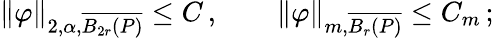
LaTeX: \begin{array}{r}{\| \varphi\| _{2,\alpha,\overline{{B_{2r}(P)}}}\leq C\, ,\qquad\| \varphi\| _{m,\overline{{B_{r}(P)}}}\leq C_{m}\, ;}\end{array}